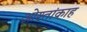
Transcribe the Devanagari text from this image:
ओश्तांकाह